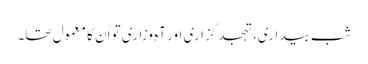
شبِ بیداری، تہجد گزاری اور آہ وزاری تو اُن کا معمول تھا۔